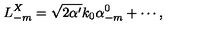
L _ { - m } ^ { X } = \sqrt { 2 \alpha ^ { \prime } } k _ { 0 } \alpha _ { - m } ^ { 0 } + \cdots ,